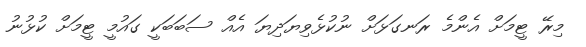
މިރޭ ޓީމަށް އެންމެ ރަނގަޅަށް ނުކުޅެވިޔަދިޔަ އެއް ސަބަބަކީ ގައުމީ ޓީމަށް ކުޅުނު